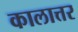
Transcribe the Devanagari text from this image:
कालात्तर